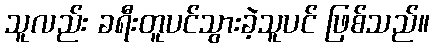
သူလည်း ခရီးတူပင်သွားခဲ့သူပင် ဖြစ်သည်။